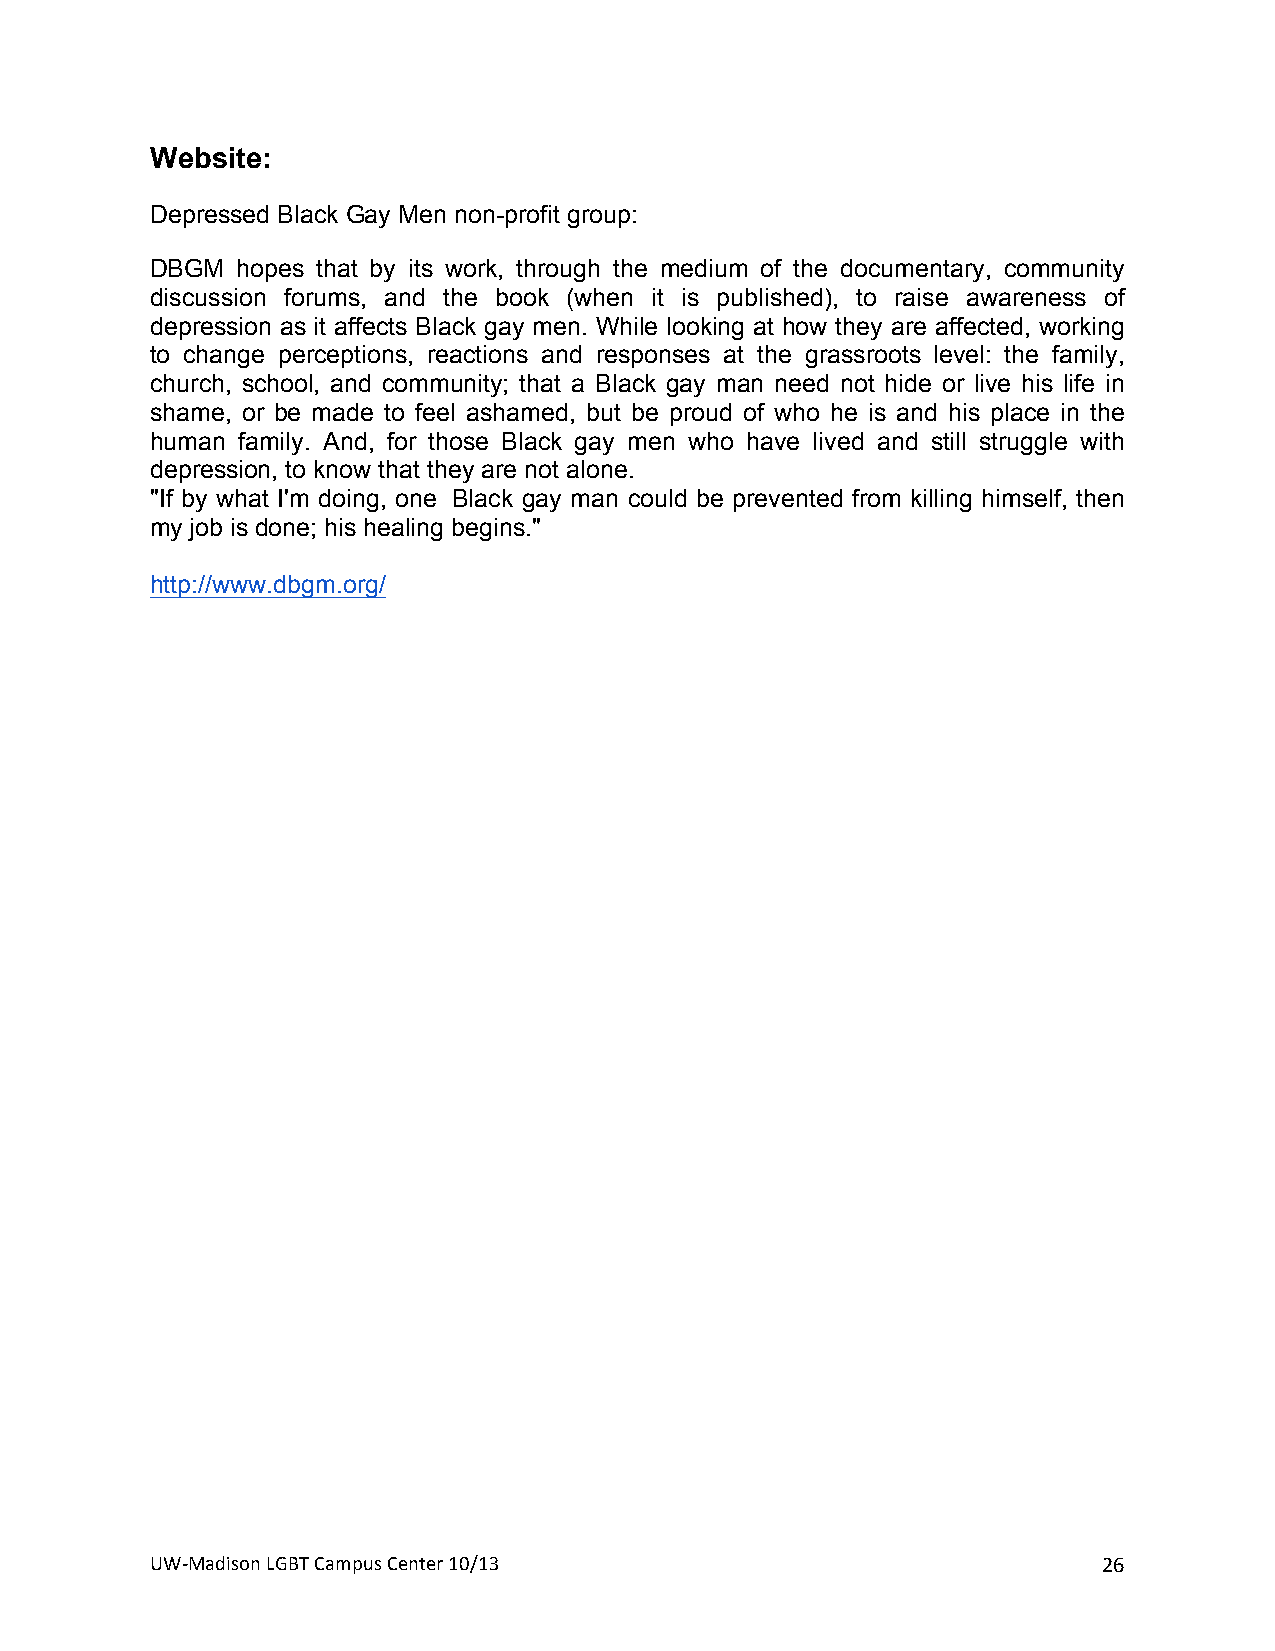
Website:
 Depressed Black Gay Men non-profit group:
 DBGM  hopes that by its work, through the medium of the documentary, community
 discussion forums, and the book (when it is published), to raise awareness of
 depression as it affects Black gay men. While looking at how they are affected, working
 to change perceptions, reactions and responses at the grassroots level: the family,
 church, school, and community; that a Black gay man need not hide or live his life in
 shame, or be made to feel ashamed, but be proud of who he is and his place in the
 human family. And, for those Black gay men who have lived and still struggle with
 depression, to know that they are not alone.
 "If by what I'm doing, one Black gay man could be prevented from killing himself, then
 my job is done; his healing begins."
 http://www.dbgm.org/
 UW#Madison+LGBT+Campus+Center+10/13+                           26+